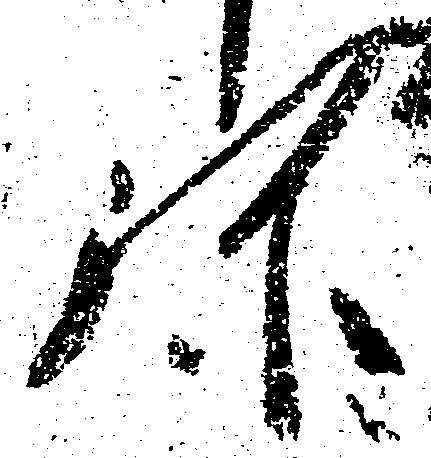
弥